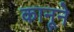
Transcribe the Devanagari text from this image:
कानूने